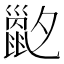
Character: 𡗇